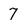
Character: 7